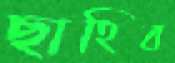
ছাহিব